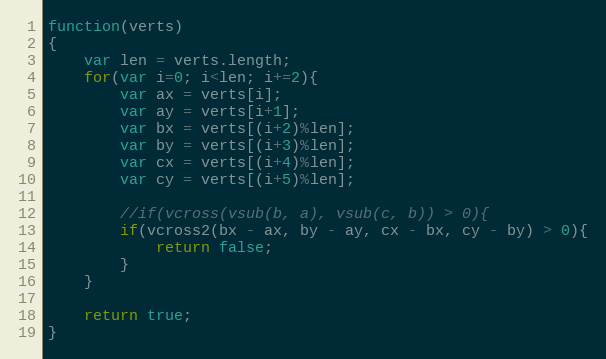
Language: JavaScript
function(verts)
{
    var len = verts.length;
    for(var i=0; i<len; i+=2){
        var ax = verts[i];
        var ay = verts[i+1];
        var bx = verts[(i+2)%len];
        var by = verts[(i+3)%len];
        var cx = verts[(i+4)%len];
        var cy = verts[(i+5)%len];

        //if(vcross(vsub(b, a), vsub(c, b)) > 0){
        if(vcross2(bx - ax, by - ay, cx - bx, cy - by) > 0){
            return false;
        }
    }

    return true;
}